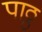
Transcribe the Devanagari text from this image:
पाठ्ठ